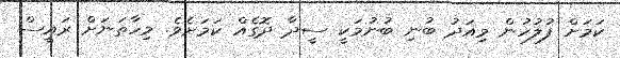
ކަމަށް ފުލުހުން މިއަދު ބުނި ބުނުމަކީ ސީދާ ދޮގެއް ކަމަށެވެ. މިހާތަނަށް ރައީސް